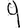
Digit: 9